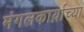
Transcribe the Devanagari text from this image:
मंगलकार्याच्या